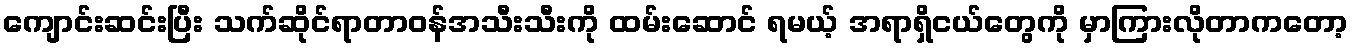
ကျောင်းဆင်းပြီး သက်ဆိုင်ရာတာဝန်အသီးသီးကို ထမ်းဆောင် ရမယ့် အရာရှိငယ်တွေကို မှာကြားလိုတာကတော့